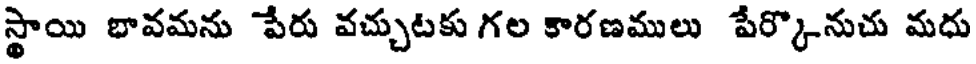
స్థాయి భావమను పేరు వచ్చుటకు గల కారణములు పేర్కొనుచు మధు